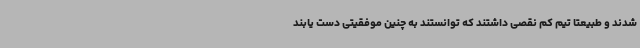
شدند و طبیعتا تیم کم نقصی داشتند که توانستند به چنین موفقیتی دست یابند